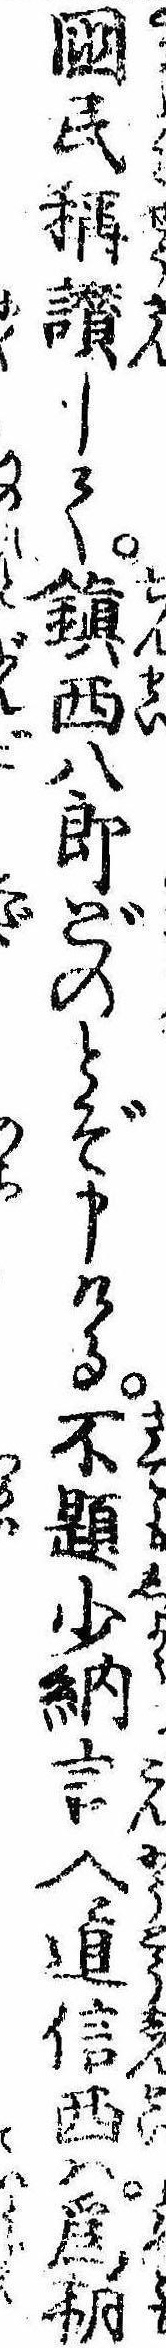
国民称讃して鎮西八郎どのとぞ申ける不題少納言入道信西は為朝